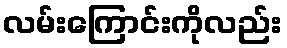
လမ်းကြောင်းကိုလည်း